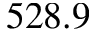
5 2 8 . 9